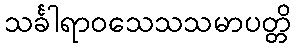
သင်္ခါရာဝသေသသမာပတ္တိ